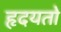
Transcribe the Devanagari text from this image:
हृदयतो